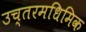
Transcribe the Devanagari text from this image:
उच्तरमधिमिक